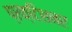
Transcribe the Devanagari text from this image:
प्रक्टिशनर